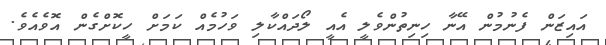
އައިޒަން ފެނުމުން އޭނާ ހިނިތުންވެލީ އެއީ ލޯދައްކާލި ވަހުމެއް ކަމަށް ހީކޮށްގެން އޮވެއެވެ.